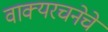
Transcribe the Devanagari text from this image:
वाक्यरचनेचे